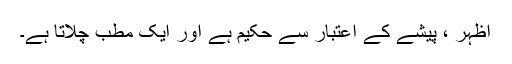
اظہر ، پیشے کے اعتبار سے حکیم ہے اور ایک مطب چلاتا ہے۔